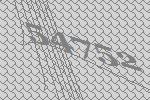
54752